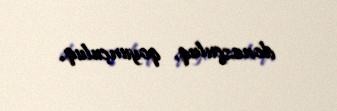
donuzçuluq, qoyunçuluq.